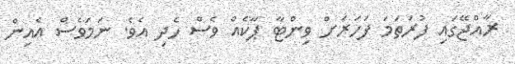
ރާއްޖޭގައި ފުރަތަމަ ފަހަރަށް ވިންޓާ ޕާކެއް ވެސް ހެދި އެވެ. ނަމަވެސް އެއިން